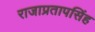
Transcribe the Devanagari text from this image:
राजाप्रतापसिंह